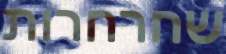
שחרחרות